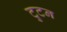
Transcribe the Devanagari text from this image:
टुटन